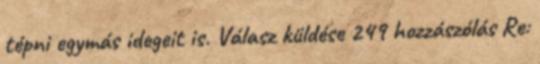
tépni egymás idegeit is. Válasz küldése 249 hozzászólás Re: